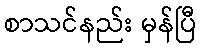
စာသင်နည်း မှန်ပြီ